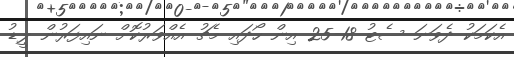
އެކަމަކު ދެވަނަ ސެޓު 18-25 އިން ހޯދައި މެޗު އެއްވަރުކޮށް ނައިފަރުން ލީޑު